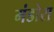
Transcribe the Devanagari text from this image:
मंडोरा